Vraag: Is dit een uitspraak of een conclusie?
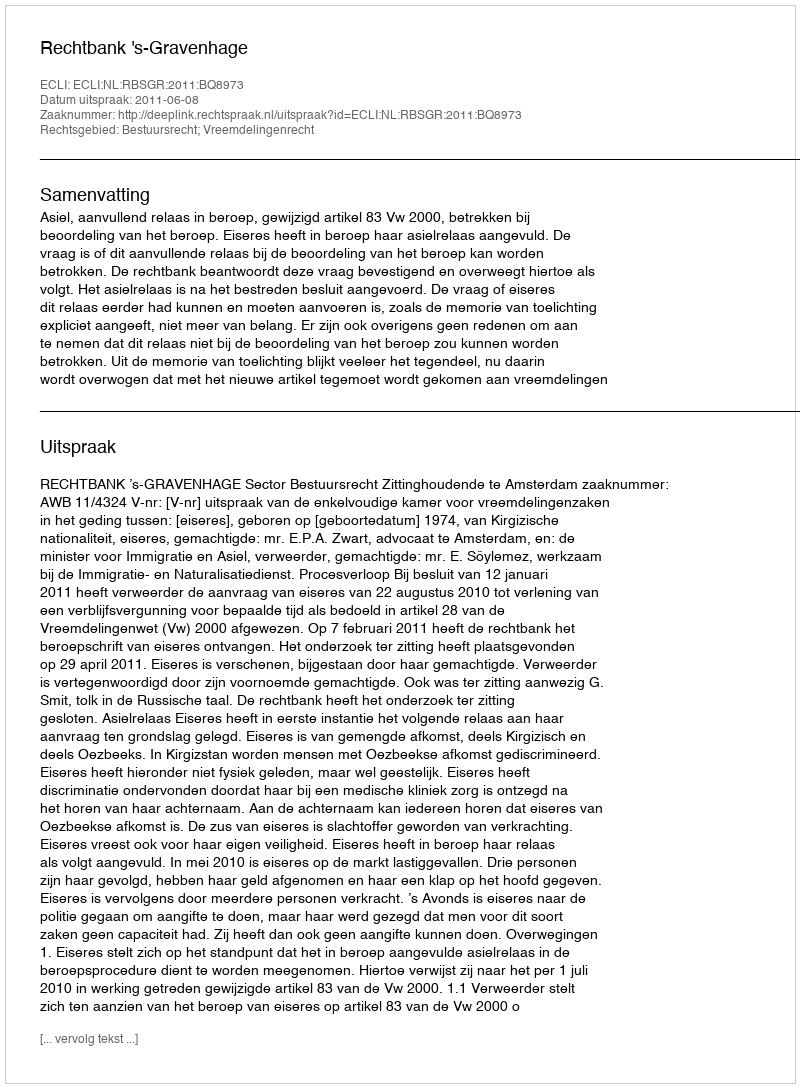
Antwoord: Uitspraak